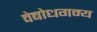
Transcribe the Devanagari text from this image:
वेबोधगम्य